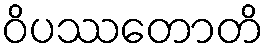
ဝိပဿတောတိ